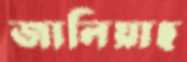
জালিয়াছ